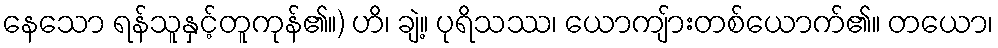
နေသော ရန်သူနှင့်တူကုန်၏။) ဟိ၊ ချဲ့။ ပုရိသဿ၊ ယောကျ်ားတစ်ယောက်၏။ တယော၊